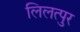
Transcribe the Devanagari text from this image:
लिलत्पुर